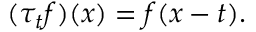
( \tau _ { t } f ) ( x ) = f ( x - t ) .